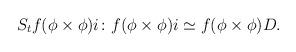
LaTeX: \begin{align*} S_t f (\phi\times\phi) i\colon f(\phi\times\phi) i \simeq f(\phi\times\phi) D. \end{align*}